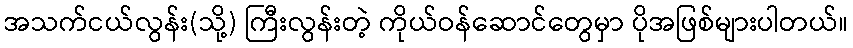
အသက်ငယ်လွန်း(သို့) ကြီးလွန်းတဲ့ ကိုယ်ဝန်ဆောင်တွေမှာ ပိုအဖြစ်များပါတယ်။